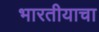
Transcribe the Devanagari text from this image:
भारतीयाचा